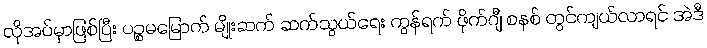
လိုအပ်မှာဖြစ်ပြီး ပဉ္စမမြောက် မျိုးဆက် ဆက်သွယ်ရေး ကွန်ရက် ဖိုက်ဂျီ စနစ် တွင်ကျယ်လာရင် အဲဒီ